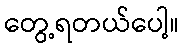
တွေ့ရတယ်ပေါ့။